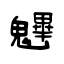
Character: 魓